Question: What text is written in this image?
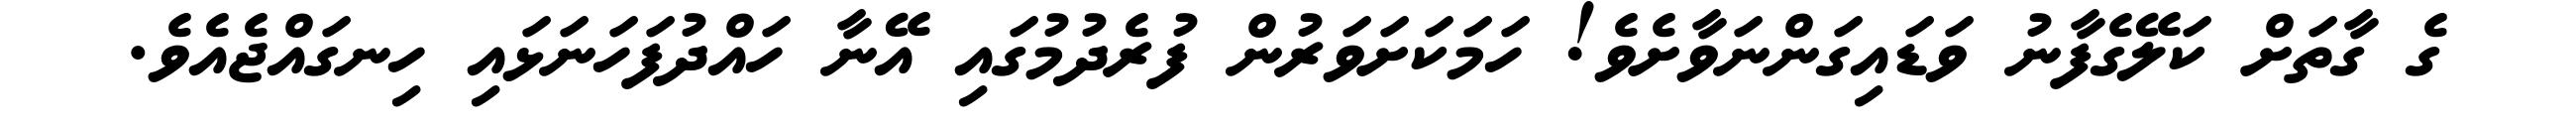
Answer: ގެ ގާތަށް ކަލޭގެފާނު ވަޑައިގަންނަވާށެވެ! ހަމަކަށަވަރުން ފުރެދުމުގައި އޭނާ ހައްދުފަހަނަޅައި ހިނގައްޖެއެވެ.